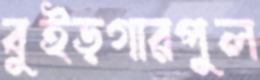
বুইড়গারপুল